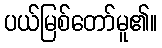
ပယ်မြစ်တော်မူ၏။